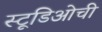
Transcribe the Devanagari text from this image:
स्टूडिओची